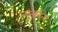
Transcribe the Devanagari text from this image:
व्युत्क्रांता